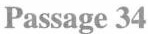
Passage 34